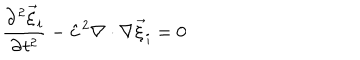
\frac { \partial ^ { 2 } { \vec { \xi } } _ { i } } { \partial t ^ { 2 } } - { \hat { c } } ^ { 2 } \nabla \cdot \nabla { \vec { \xi } } _ { i } = 0